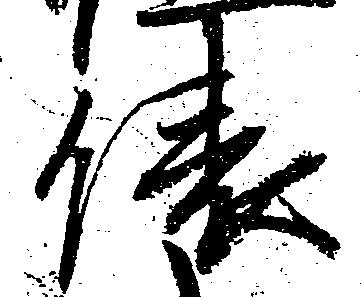
俵